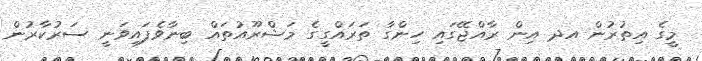
މީގެ އިތުރުން އދ އިން ރާއްޖޭގައި ހިންގާ ތަރައްގީގެ މަޝްރޫއުތައް ބިނާވެފައިވަނީ ސަރުކާރުން